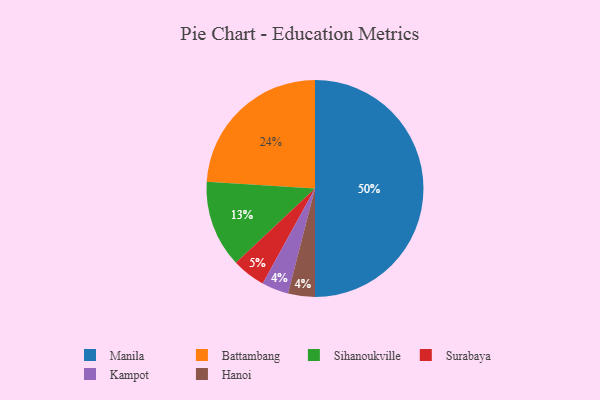
{"axis": {"x": "Category", "y": "Percentage"}, "legend": ["Battambang", "Hanoi", "Kampot", "Manila", "Sihanoukville", "Surabaya"], "data": [{"x": "Battambang", "y": 24, "type": "Battambang"}, {"x": "Sihanoukville", "y": 13, "type": "Sihanoukville"}, {"x": "Manila", "y": 50, "type": "Manila"}, {"x": "Kampot", "y": 4, "type": "Kampot"}, {"x": "Hanoi", "y": 4, "type": "Hanoi"}, {"x": "Surabaya", "y": 5, "type": "Surabaya"}]}